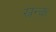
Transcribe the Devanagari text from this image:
स्रन्क